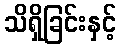
သိရှိခြင်းနှင့်